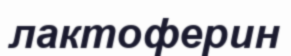
лактоферин